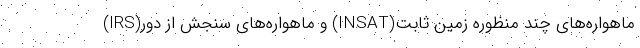
ماهواره‌های چند منظوره زمین ثابت(INSAT) و ماهواره‌های سنجش از دور(IRS)